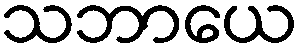
သဘာယေ